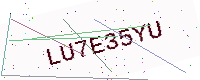
Text: LU7E35YU